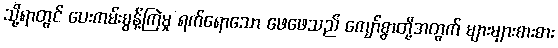
သို့ရာတွင် ပေးကမ်းစွန့်ကြဲမှု ရက်ရောသော ဖေဖေသည် ကျော်စွာတို့အတွက် များများစားစား